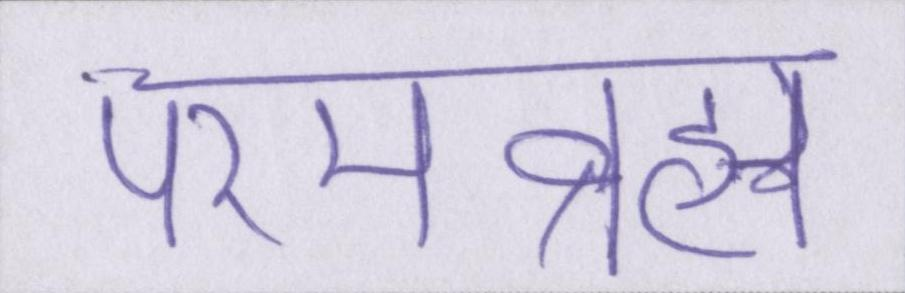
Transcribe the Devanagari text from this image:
परमब्रह्म